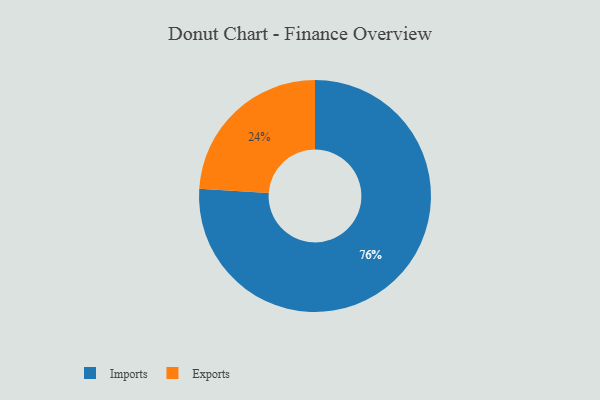
{"axis": {"x": "Category", "y": "Percentage"}, "legend": ["Exports", "Imports"], "data": [{"x": "Exports", "y": 24, "type": "Exports"}, {"x": "Imports", "y": 76, "type": "Imports"}]}